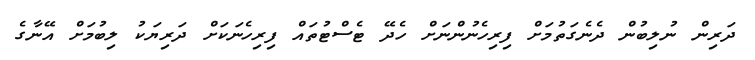
ދަރިން ނުލިބުން ދެނެގަތުމަށް ފިރިހެނުންނަށް ހެދޭ ޓެސްޓުތައް ފިރިހެނަކަށް ދަރިޔަކު ލިބުމަށް އޭނާގެ